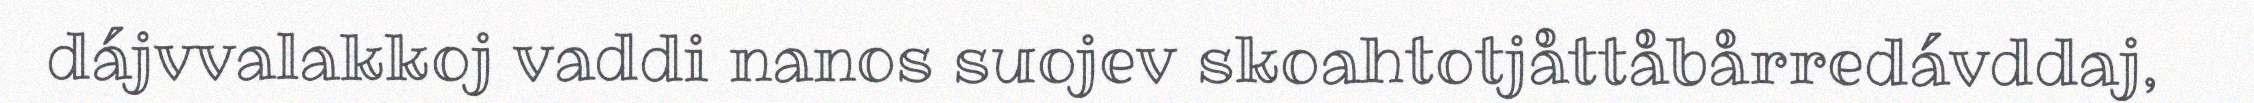
dájvvalakkoj vaddi nanos suojev skoahtotjåttåbårredávddaj,